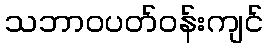
သဘာဝပတ်ဝန်းကျင်